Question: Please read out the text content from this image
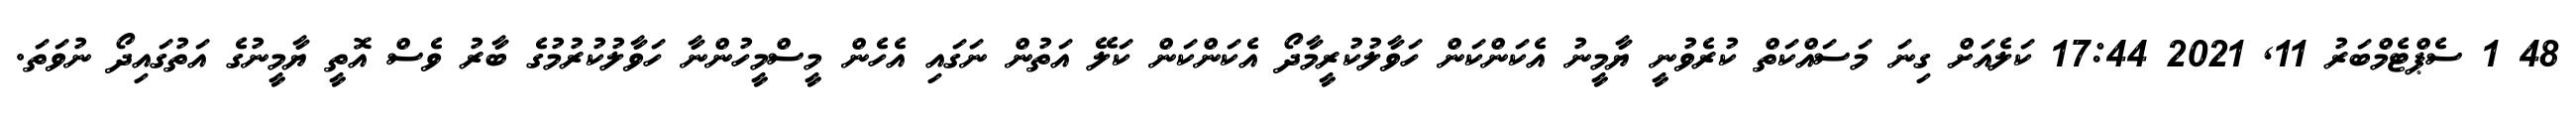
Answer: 48 1 ސެޕްޓެމްބަރު 11, 2021 17:44 ކަލެއަށް ގިނަ މަސައްކަތް ކުރެވުނީ ޔާމީނު އެކަންކަން ހަވާލުކުރީމާދޯ އެކަންކަން ކަލޭ އަތުން ނަގައި އެހެން މީސްމީހުންނާ ހަވާލުކުރުމުގެ ބާރު ވެސް އޮތީ ޔާމީނުގެ އަތުގައިދޯ ނުވަތަ.